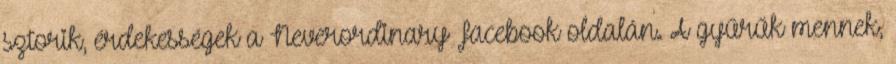
sztorik, érdekességek a Neverordinary Facebook oldalán. A gyűrűk mennek,